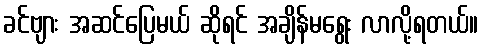
ခင်ဗျား အဆင်ပြေမယ် ဆိုရင် အချိန်မရွေး လာလို့ရတယ်။